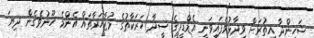
ޝަހިންދާ އިތުރަށް ވިދާޅުވެފައިވަނީ އެމްޑީޕީގެ ސީދާ ހަރަކާތުގެ މުޒާހަރާތައް އެންމެ ހޫނުވެގެން ދިޔަ